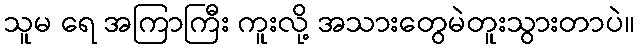
သူမ ရေ အကြာကြီး ကူးလို့ အသားတွေမဲတူးသွားတာပဲ။